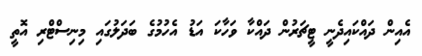
އެއިން ދައްކައިދެނީ ޓީޗަރުން ދައްކާ ވަހާކަ އަޑު އެހުމުގެ ބަދަލުގައި މިނިސްޓްރި އޮތީ